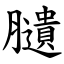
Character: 䑊